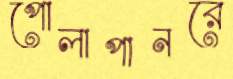
পোলাপানরে